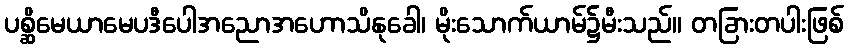
ပစ္ဆိမေယာမေပဒီပေါအညောအဟောသိနုခေါ၊ မိုးသောက်ယာမ်၌မီးသည်။ တခြားတပါးဖြစ်